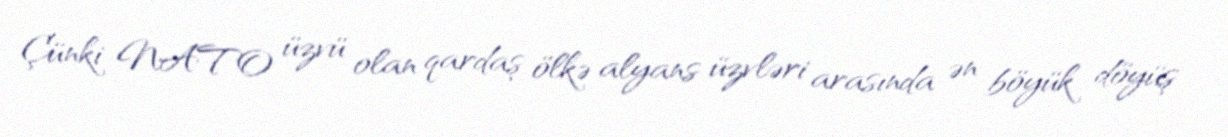
Çünki NATO üzvü olan qardaş ölkə alyans üzvləri arasında ən böyük döyüş